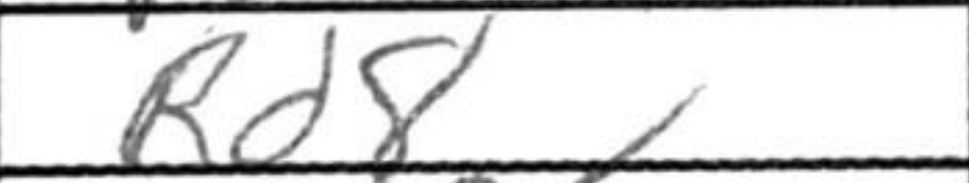
Transcription: Rd8